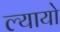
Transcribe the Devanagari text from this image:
ल्यायो